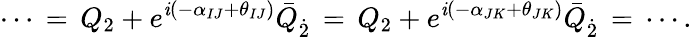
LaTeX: \cdots\, =\, Q_{2}+e^{\mathit{i}(-\alpha_{IJ}+\theta_{IJ})}\bar{{Q}}_{\dot{{2}}}\, =\, Q_{2}+e^{\mathit{i}(-\alpha_{JK}+\theta_{JK})}\bar{{Q}}_{\dot{{2}}}\, =\, \cdots.